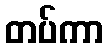
တပ်ကာ